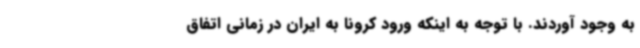
به وجود آوردند. با توجه به اینکه ورود کرونا به ایران در زمانی اتفاق